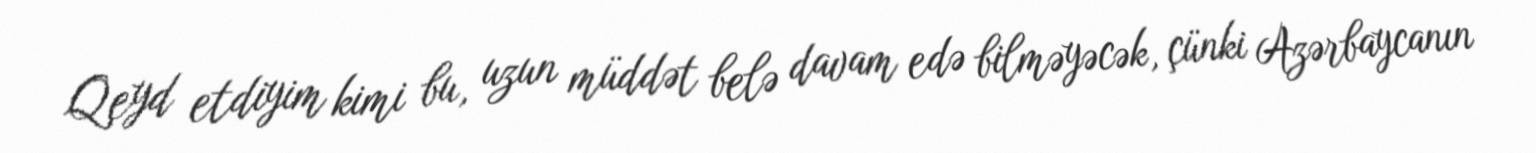
Qeyd etdiyim kimi bu, uzun müddət belə davam edə bilməyəcək, çünki Azərbaycanın